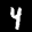
Label: 4